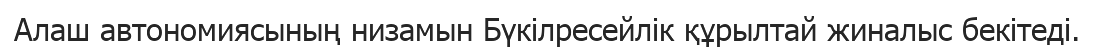
Алаш автономиясының низамын Бүкілресейлік құрылтай жиналыс бекітеді.